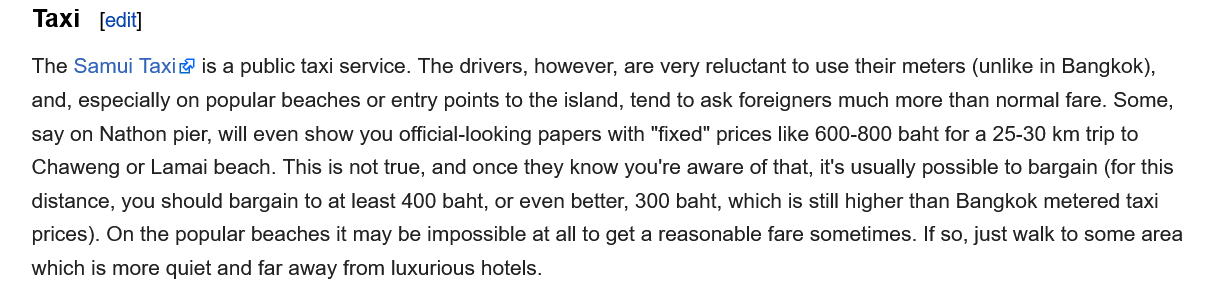
Taxi
   The Samui Taxi& is a public taxi service. The drivers, however, are very reluctant to use their meters (unlike in Bangkok),
   and, especially on popular beaches or entry points to the island, tend to ask foreigners much more than normal fare. Some,
   say on Nathon pier, will even show you official-looking papers with "fixed" prices like 600-800 baht for a 25-30 km trip to
   Chaweng or Lamai beach. This is not true, and once they know you're aware of that, it's usually possible to bargain (for this
   distance, you should bargain to at least 400 baht, or even better, 300 baht, which is still higher than Bangkok metered taxi
    prices). On the popular beaches it may be impossible at all to get a reasonable fare sometimes. If so, just walk to some area
   which is more quiet and far away from luxurious hotels.
     [edit]